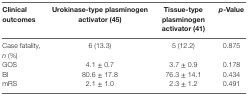
<table><thead><tr><td><b>Clinical outcomes</b></td><td><b>Urokinase-type plasminogen activator (45)</b></td><td><b>Tissue-type plasminogen activator (41)</b></td><td><b><i>p</i>-Value</b></td></tr></thead><tbody><tr><td>Case fatality, <i>n</i> (%)</td><td>6 (13.3)</td><td>5 (12.2)</td><td>0.875</td></tr><tr><td>GOS</td><td>4.1 ± 0.7</td><td>3.7 ± 0.9</td><td>0.178</td></tr><tr><td>BI</td><td>80.6 ± 17.8</td><td>76.3 ± 14.1</td><td>0.434</td></tr><tr><td>mRS</td><td>2.1 ± 1.0</td><td>2.3 ± 1.2</td><td>0.491</td></tr></tbody></table>